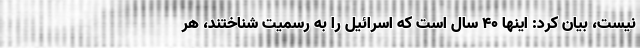
نیست، بیان کرد: اینها 40 سال است که اسرائیل را به رسمیت شناختند، هر